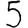
Digit: 5